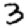
Digit: 3